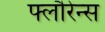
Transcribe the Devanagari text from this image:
फ्लौरेन्स